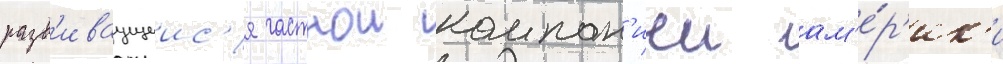
разв'иваущеис'я частнои компан'иеи ам'е́р'ик'и